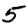
Digit: 5